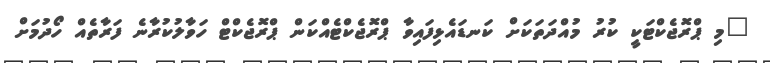
"މި ޕްރޮޖެކްޓަކީ ކުރު މުއްދަތަކަށް ކަނޑައެޅިފައިވާ ޕްރޮޖެކްޓެއްކަން ޕްރޮޖެކްޓް ހަވާލުކުރާނެ ފަރާތެއް ހޯދުމަށް